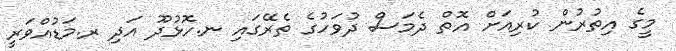
މީގެ އިތުރުން ކުރިއަށް އޮތް ދެމަސް ދުވަހުގެ ތެރޭގައި ނ.ހޮޅުދޫ އަދި ރ.މަޑުއްވަރީ